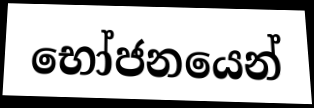
භෝජනයෙන්